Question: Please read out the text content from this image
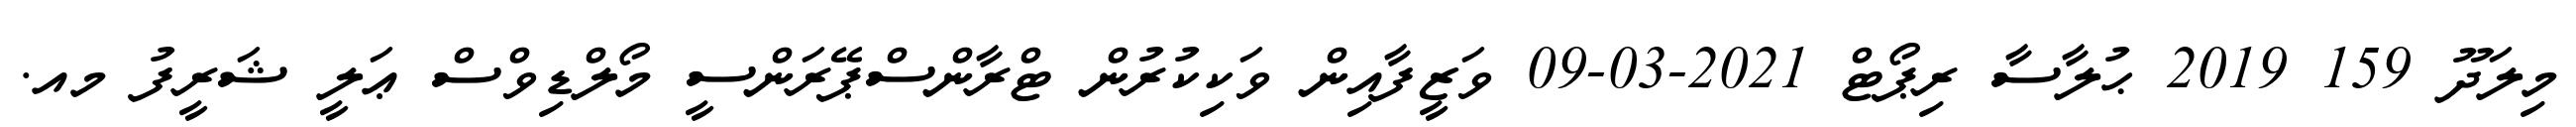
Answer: މިލަދޫ 159 2019 ޙުލާސާ ރިޕޯޓް 2021-03-09 ވަޒީފާއިން ވަކިކުރުން ޓްރާންސްޕޭރަންސީ މޯލްޑިވްސް ޢަލީ ޝަރީފު މއ.